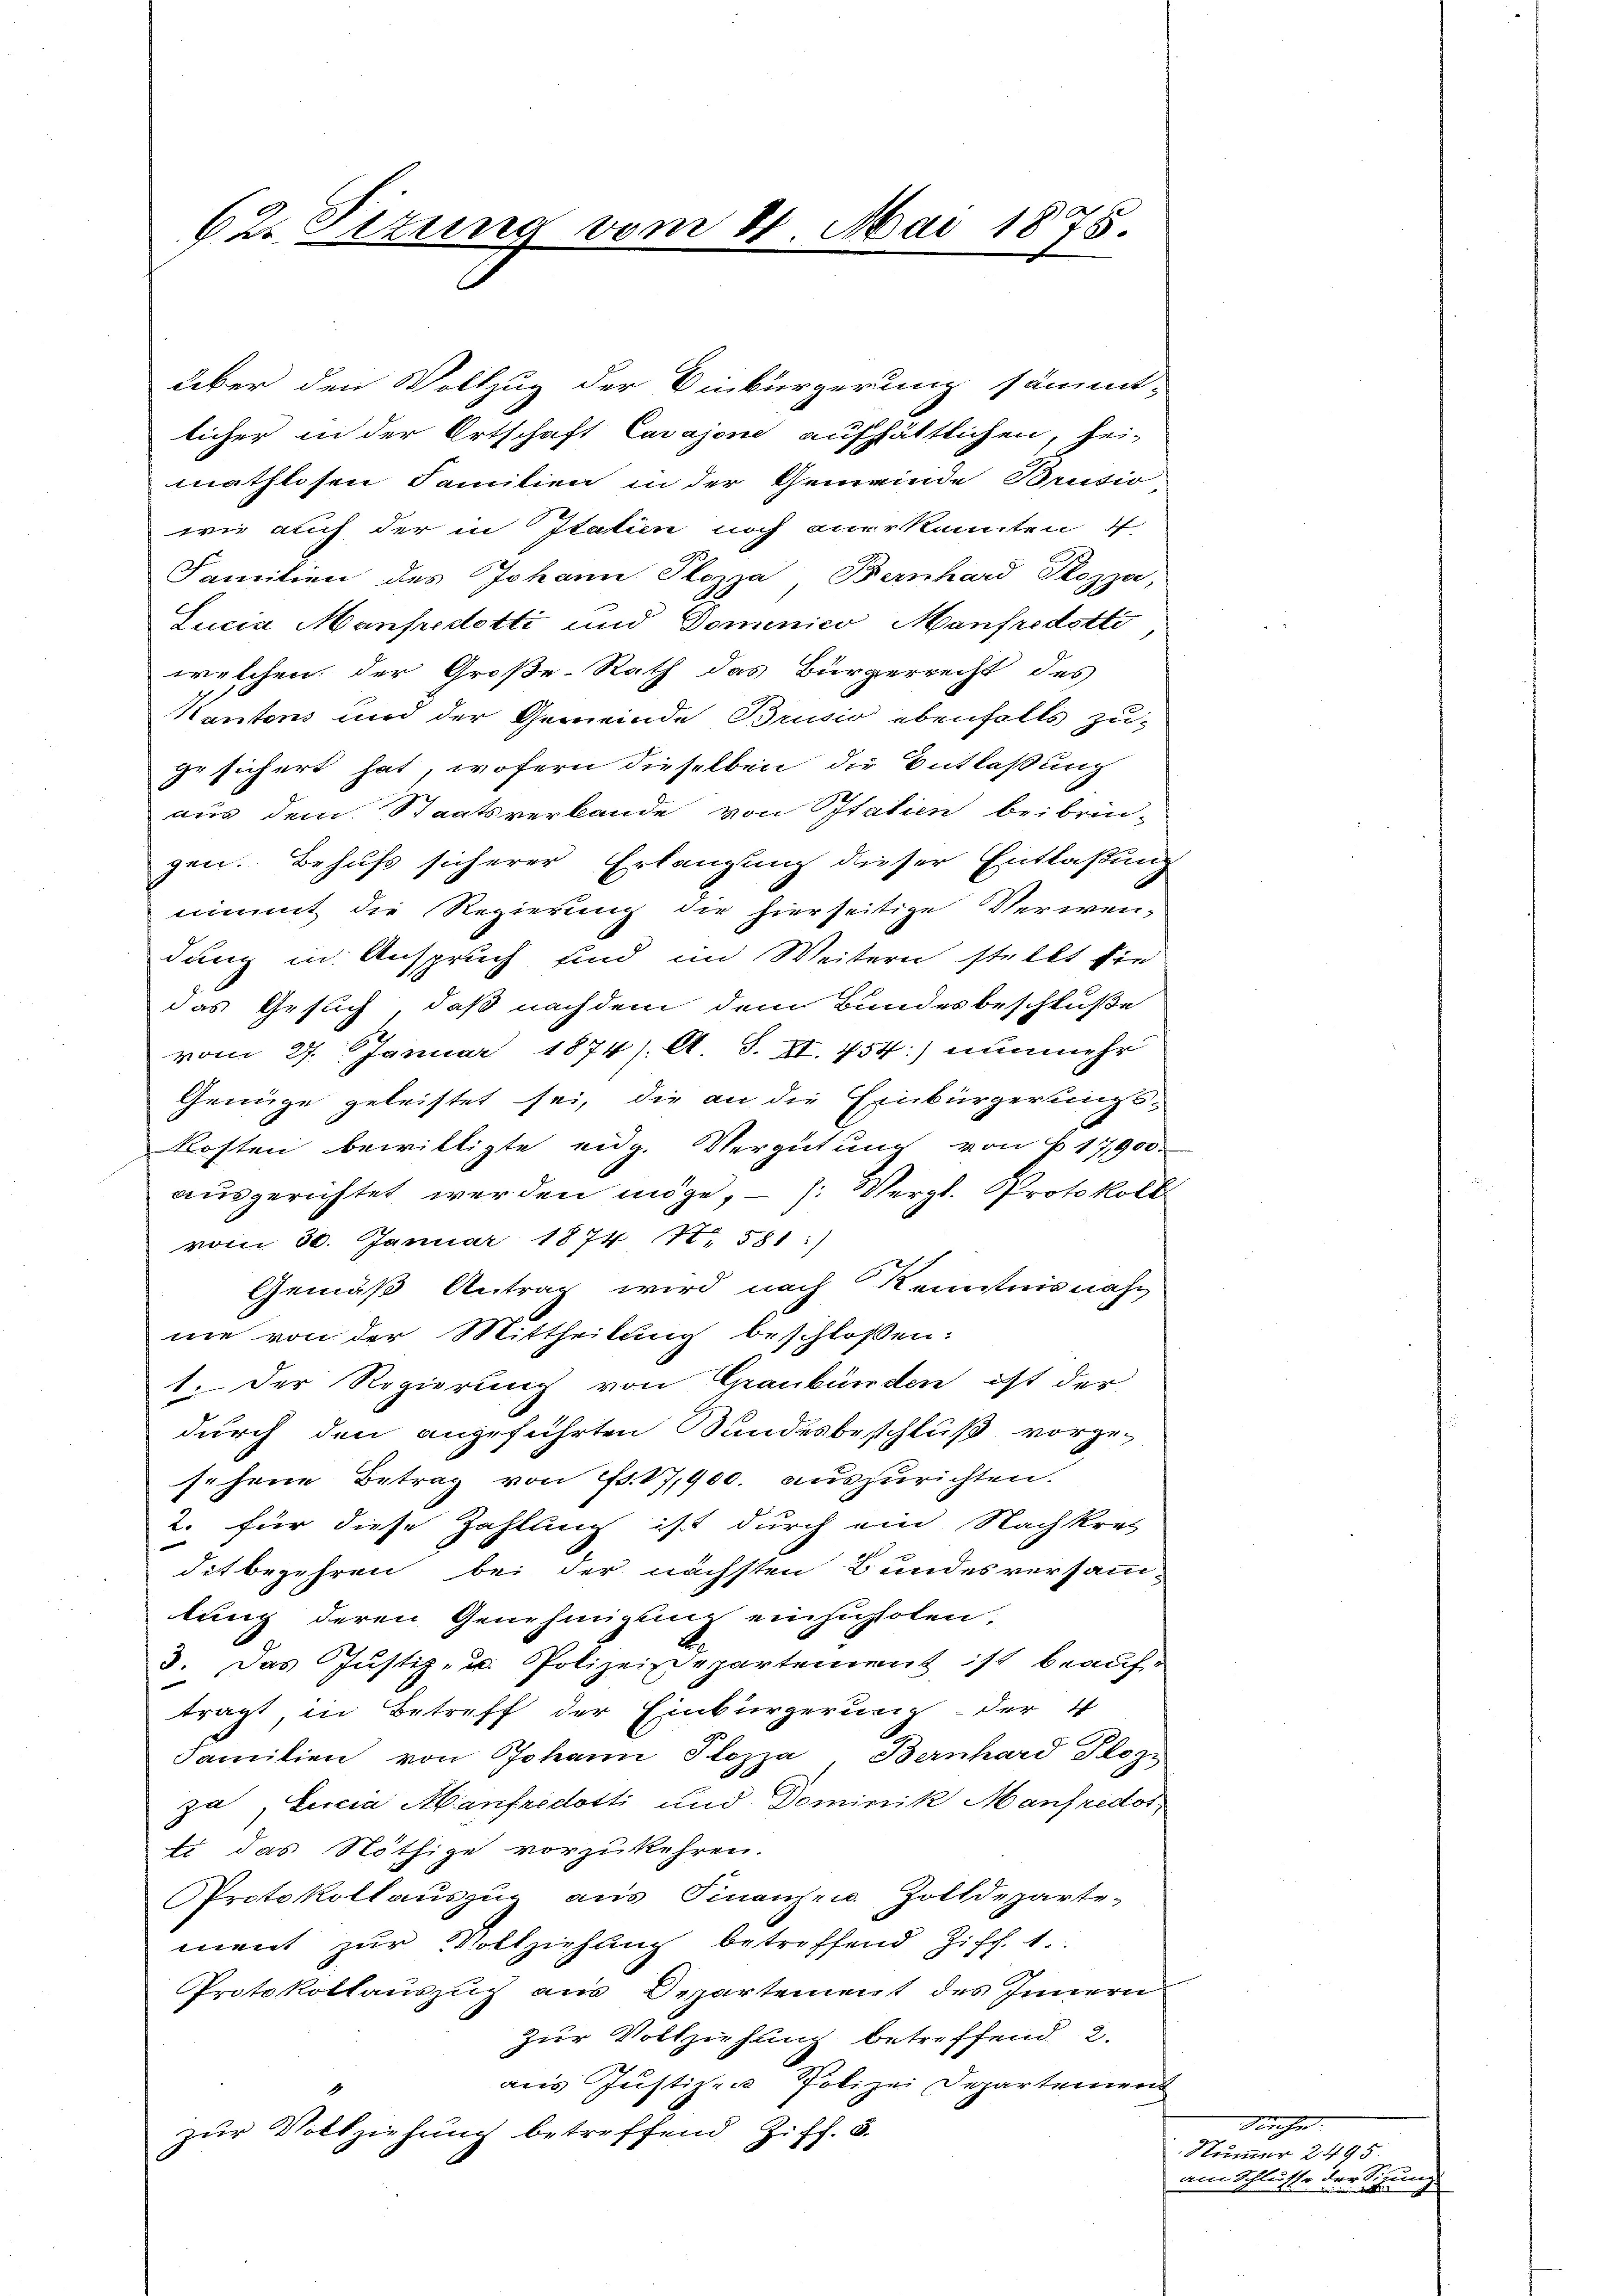
Über den Vollzug der Einbürgerung sämmt-
licher in der Ortschaft Cavajone aufhältlichen, hei-
mathlosen Familien in der Gemeinde Brusio
wie auch der in Italien noch anerkannten i
Familien des Johann Plozza Bernhard Pozza,
Lucia Manfredotti und Dominico Manfredotti
welchen der Große-Rath das Bürgerrecht des
Kantons und der Gemeinde Brusio ebenfalls zu-
ze sichert hat, wofern dieselben die Entlaßung
aus dem Staatsverbande von Statien beibrin-
gen. Behufs sicherer Erlangung dieser Entlaßung
nimmt die Regierung die hierseitige Verwen-
dung in Anspruch und im Weitern stellt sie
das Gesuch, daß nachdem dem Bundesbeschluße
vom 27. Januar 1874). A. S. XI. 754) nunmehr
Genüge geleistet sei, die an die Einbürgerungs¬
Rosten bewilligte eidg. Vergütung von 17,900.
ausgerichtet werden möge, - ): Vergl. Protokoll
vom 30. Januar 1874 147. 581 :)
Gemäß Antrag wird nach Kenntnisnahm
ne von der Mittheilung beschlossen:
1. Der Regierung von Graubünden ist der
durch den angeführten Sundesbeschluß vorge-
sehene Betrag von d. 17,900. aŭszŭrichten.
2. für diese Zahlung ist durch ein Nachkrei
dit bezehren bei der nächsten Bundesversamm-
lung deren Genehmigung einzuholen.
3. Das Justiz- u. Polizeizdepartement ist beauftragt, in Betreff der Einbürgerung der 4
Familien von Johann Plazza, Bernhard Tlozi
za, Lucia Abanfredotti und Dominik Manfredot
Ei das Nöthige vorzukehren.
Protokollauszug aus Finanzen. Zolldeparte-
ment zur Vollziehung betreffend Ziff. 1.
Protokollauszug aus Departement des Innern
zur Vollziehung betreffend 2.
aus Justiz- Polizei Departement
zur Vollziehung betreffend Ziff. 5.

62. Sizung vom 21. Mai 1875.

Siehe.
Nummer 2495
rau
am Schlusse der die